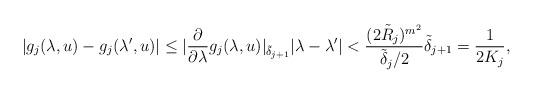
LaTeX: \begin{align*}|g_j(\lambda,u)-g_j(\lambda',u)|\leq |\frac{\partial}{\partial\lambda}g_j(\lambda,u)|_{\tilde\delta_{j+1}}|\lambda-\lambda'|<\frac{(2\tilde R_j)^{m^2}}{\tilde\delta_j/2}\tilde\delta_{j+1}=\frac{1}{2K_j},\end{align*}